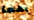
بهما